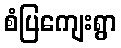
စံပြကျေးရွာ